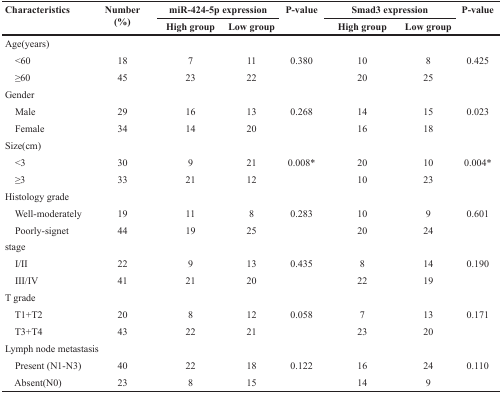
<table><thead><tr><td rowspan="2"><b>Characteristics</b></td><td rowspan="2"><b>Number (%)</b></td><td colspan="2"><b>miR-424-5p expression</b></td><td rowspan="2"><b>P-value</b></td><td colspan="2"><b>Smad3 expression</b></td><td rowspan="2"><b>P-value</b></td></tr><tr><td><b>High group</b></td><td><b>Low group</b></td><td><b>High group</b></td><td><b>Low group</b></td></tr></thead><tbody><tr><td colspan="8">Age(years)</td></tr><tr><td> &lt;60</td><td>18</td><td>7</td><td>11</td><td>0.380</td><td>10</td><td>8</td><td>0.425</td></tr><tr><td> ≥60</td><td>45</td><td>23</td><td>22</td><td></td><td>20</td><td>25</td><td></td></tr><tr><td colspan="8">Gender</td></tr><tr><td> Male</td><td>29</td><td>16</td><td>13</td><td>0.268</td><td>14</td><td>15</td><td>0.023</td></tr><tr><td> Female</td><td>34</td><td>14</td><td>20</td><td></td><td>16</td><td>18</td><td></td></tr><tr><td colspan="8">Size(cm)</td></tr><tr><td> &lt;3</td><td>30</td><td>9</td><td>21</td><td>0.008*</td><td>20</td><td>10</td><td>0.004*</td></tr><tr><td> ≥3</td><td>33</td><td>21</td><td>12</td><td></td><td>10</td><td>23</td><td></td></tr><tr><td colspan="8">Histology grade</td></tr><tr><td> Well-moderately</td><td>19</td><td>11</td><td>8</td><td>0.283</td><td>10</td><td>9</td><td>0.601</td></tr><tr><td> Poorly-signet</td><td>44</td><td>19</td><td>25</td><td></td><td>20</td><td>24</td><td></td></tr><tr><td colspan="8">stage</td></tr><tr><td> I/II</td><td>22</td><td>9</td><td>13</td><td>0.435</td><td>8</td><td>14</td><td>0.190</td></tr><tr><td> III/IV</td><td>41</td><td>21</td><td>20</td><td></td><td>22</td><td>19</td><td></td></tr><tr><td colspan="8">T grade</td></tr><tr><td> T1+T2</td><td>20</td><td>8</td><td>12</td><td>0.058</td><td>7</td><td>13</td><td>0.171</td></tr><tr><td> T3+T4</td><td>43</td><td>22</td><td>21</td><td></td><td>23</td><td>20</td><td></td></tr><tr><td colspan="8">Lymph node metastasis</td></tr><tr><td> Present (N1-N3)</td><td>40</td><td>22</td><td>18</td><td>0.122</td><td>16</td><td>24</td><td>0.110</td></tr><tr><td> Absent(N0)</td><td>23</td><td>8</td><td>15</td><td></td><td>14</td><td>9</td><td></td></tr></tbody></table>